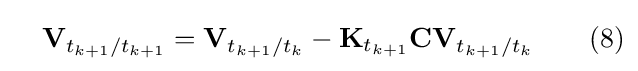
\quad \mathbf {V} _{t_{k+1}/t_{k+1}}=\mathbf {V} _{t_{k+1}/t_{k}}-\mathbf {K} _{t_{k+1}}\mathbf {CV} _{t_{k+1}/t_{k}}\qquad (8)